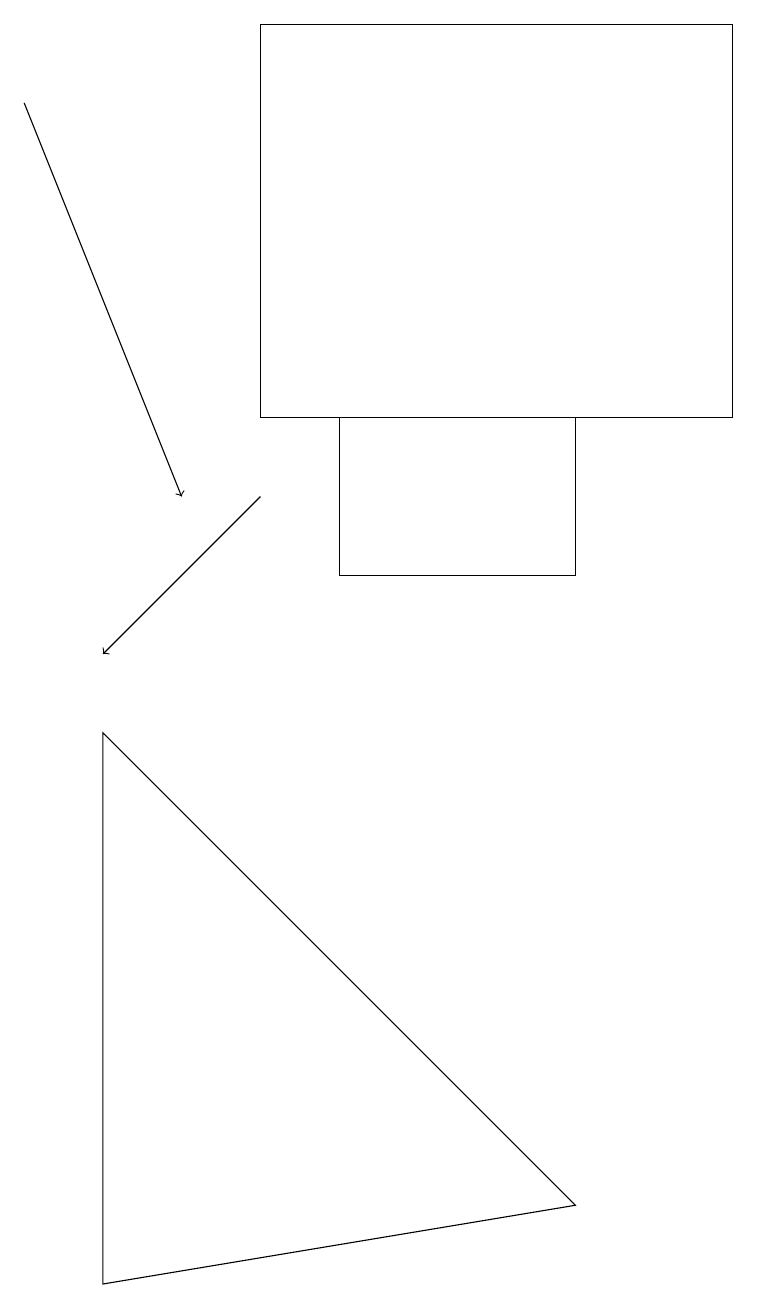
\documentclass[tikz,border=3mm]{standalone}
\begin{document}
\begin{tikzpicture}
\draw (1,2) -- (7,3) -- (1,9) -- cycle;
\draw[->] (3,12) -- (1,10);
\draw[->] (0,17) -- (2,12);
\draw (3,13) rectangle (9,18);
\draw (4,13) rectangle (7,11);
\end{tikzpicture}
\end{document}